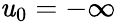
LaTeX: \mathit{u}_{0}=-\infty